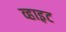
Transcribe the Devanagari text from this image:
व्हाइ़ट